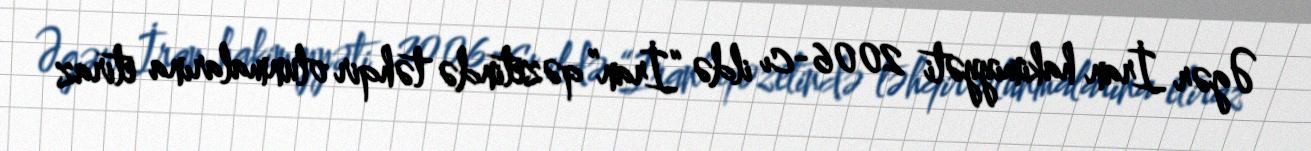
Əgər İran hakimiyyəti 2006-cı ildə “İran” qəzetində təhqir olunmalarına etiraz